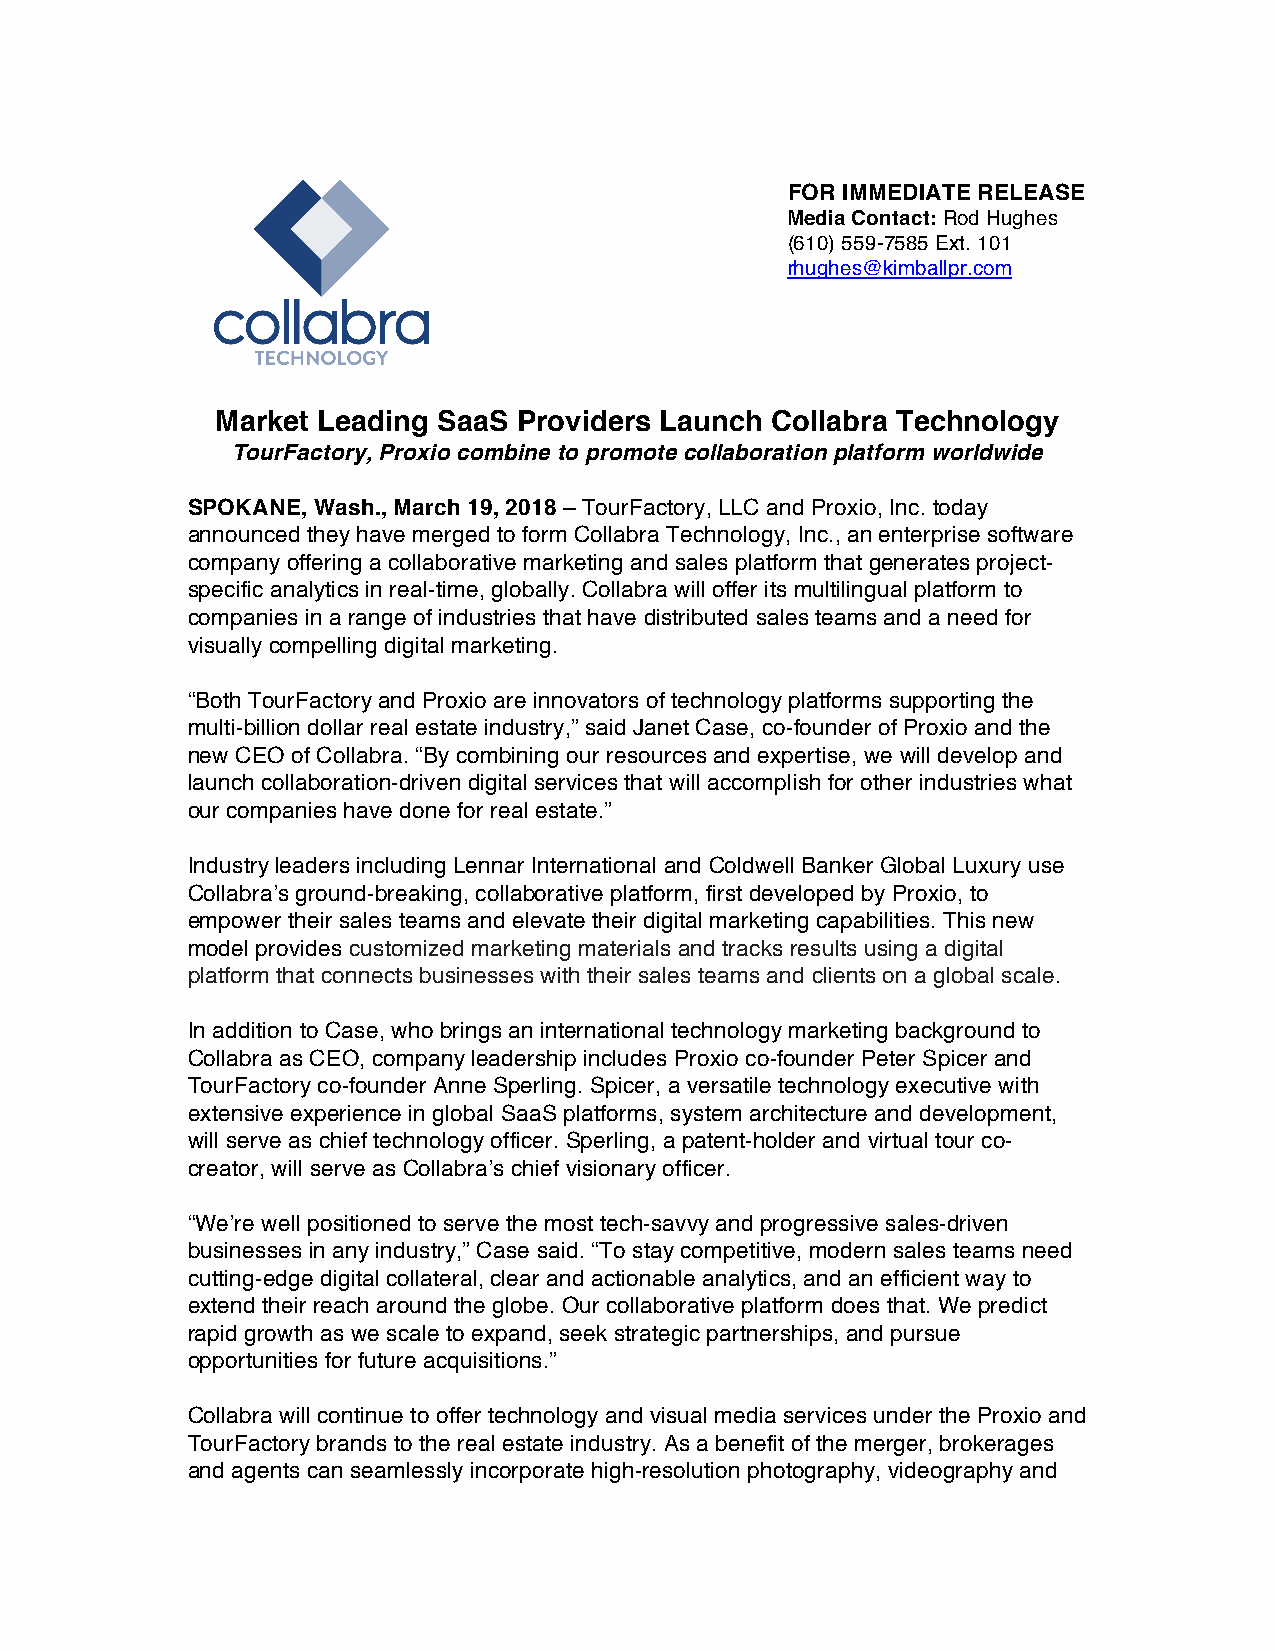
FOR IMMEDIATE RELEASE
 Media Contact: Rod Hughes
 (610) 559-7585 Ext. 101
 rhughes@kimballpr.com
 Market Leading SaaS Providers Launch Collabra Technology
 TourFactory, Proxio combine to promote collaboration platform worldwide
 SPOKANE, Wash., March 19, 2018 – TourFactory, LLC and Proxio, Inc. today
 announced they have merged to form Collabra Technology, Inc., an enterprise software
 company offering a collaborative marketing and sales platform that generates project-
 specific analytics in real-time, globally. Collabra will offer its multilingual platform to
 companies in a range of industries that have distributed sales teams and a need for
 visually compelling digital marketing.
 “Both TourFactory and Proxio are innovators of technology platforms supporting the
 multi-billion dollar real estate industry,” said Janet Case, co-founder of Proxio and the
 new CEO of Collabra. “By combining our resources and expertise, we will develop and
 launch collaboration-driven digital services that will accomplish for other industries what
 our companies have done for real estate.”
 Industry leaders including Lennar International and Coldwell Banker Global Luxury use
 Collabra’s ground-breaking, collaborative platform, first developed by Proxio, to
 empower their sales teams and elevate their digital marketing capabilities. This new
 model provides customized marketing materials and tracks results using a digital
 platform that connects businesses with their sales teams and clients on a global scale.
 In addition to Case, who brings an international technology marketing background to
 Collabra as CEO, company leadership includes Proxio co-founder Peter Spicer and
 TourFactory co-founder Anne Sperling. Spicer, a versatile technology executive with
 extensive experience in global SaaS platforms, system architecture and development,
 will serve as chief technology officer. Sperling, a patent-holder and virtual tour co-
 creator, will serve as Collabra’s chief visionary officer.
 “We’re well positioned to serve the most tech-savvy and progressive sales-driven
 businesses in any industry,” Case said. “To stay competitive, modern sales teams need
 cutting-edge digital collateral, clear and actionable analytics, and an efficient way to
 extend their reach around the globe. Our collaborative platform does that. We predict
 rapid growth as we scale to expand, seek strategic partnerships, and pursue
 opportunities for future acquisitions.”
 Collabra will continue to offer technology and visual media services under the Proxio and
 TourFactory brands to the real estate industry. As a benefit of the merger, brokerages
 and agents can seamlessly incorporate high-resolution photography, videography and